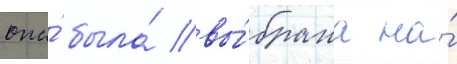
она́ была́ вы́брана на́